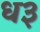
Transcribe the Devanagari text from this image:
ध३